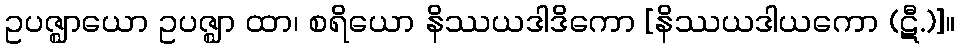
ဥပဇ္ဈာယော ဥပဇ္ဈာ ထာ၊ စရိယော နိဿယဒါဒိကော [နိဿယဒါယကော (ဋီ.)]။